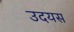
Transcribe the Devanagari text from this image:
उदयस